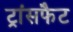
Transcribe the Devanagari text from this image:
ट्रांसफैट